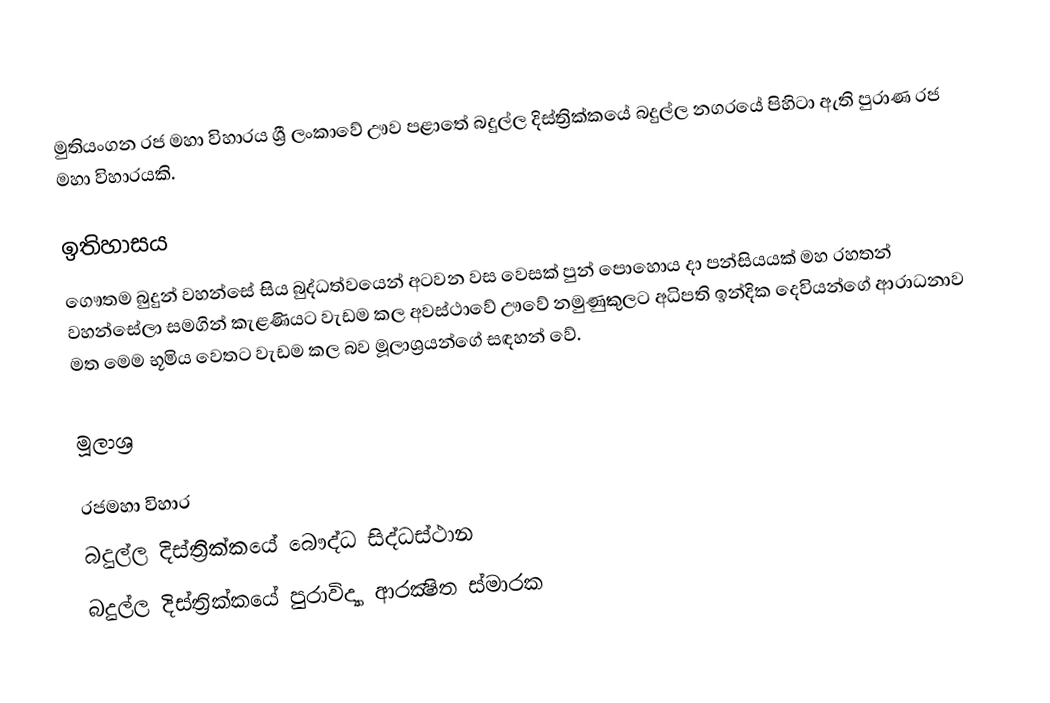
මුතියංගන රජ මහා විහාරය  ශ්‍රී ලංකාවේ ඌව පළාතේ බදුල්ල දිස්ත්‍රික්කයේ බදුල්ල නගරයේ පිහිටා ඇති පුරාණ රජ මහා විහාරයකි.

ඉතිහාසය
ගෞතම බුදුන් වහන්සේ සිය බුද්ධත්වයෙන් අටවන වස වෙසක් පුන් පොහොය දා පන්සියයක් මහ රහතන් වහන්සේලා සමගින් කැළණියට වැඩම කල අවස්ථාවේ ඌවේ නමුණුකුලට අධිපති ඉන්දික දෙවියන්ගේ ආරාධනාව මත මෙම භූමිය වෙතට වැඩම කල බව මූලාශ්‍රයන්ගේ සඳහන් වේ.

මූලාශ්‍ර

රජමහා විහාර
බදුල්ල දිස්ත්‍රික්කයේ බෞද්ධ සිද්ධස්ථාන
බදුල්ල දිස්ත්‍රික්කයේ පුරාවිද්‍යා ආරක්‍ෂිත ස්මාරක